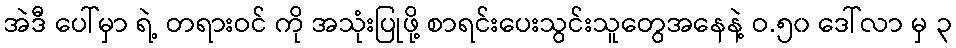
အဲဒီ ပေါ်မှာ ရဲ့ တရားဝင် ကို အသုံးပြုဖို့ စာရင်းပေးသွင်းသူတွေအနေနဲ့ ဝ.၅၀ ဒေါ်လာ မှ ၃